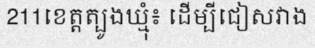
211ខេត្តត្បូងឃ្មុំ៖ ដើម្បីជៀសវាង